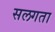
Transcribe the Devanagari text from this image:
सलगता